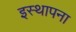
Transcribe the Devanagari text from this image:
इस्थापना